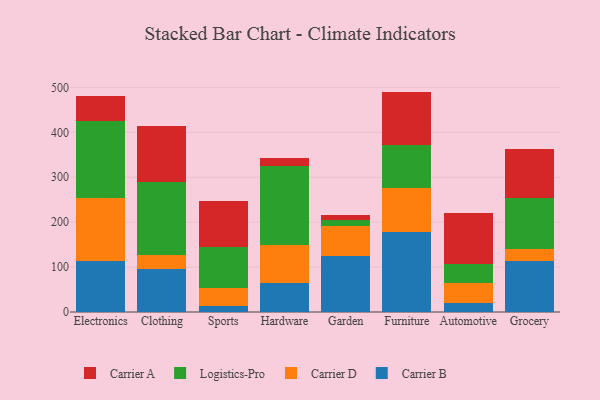
{"axis": {"x": "Category", "y": "Inventory Turnover"}, "legend": ["Carrier A", "Carrier B", "Carrier D", "Logistics-Pro"], "data": [{"x": "Electronics", "y": 113.7, "type": "Carrier B"}, {"x": "Electronics", "y": 140.6, "type": "Carrier D"}, {"x": "Electronics", "y": 170.2, "type": "Logistics-Pro"}, {"x": "Electronics", "y": 57.1, "type": "Carrier A"}, {"x": "Clothing", "y": 95.6, "type": "Carrier B"}, {"x": "Clothing", "y": 31.7, "type": "Carrier D"}, {"x": "Clothing", "y": 161.0, "type": "Logistics-Pro"}, {"x": "Clothing", "y": 125.4, "type": "Carrier A"}, {"x": "Sports", "y": 12.3, "type": "Carrier B"}, {"x": "Sports", "y": 41.1, "type": "Carrier D"}, {"x": "Sports", "y": 90.5, "type": "Logistics-Pro"}, {"x": "Sports", "y": 104.3, "type": "Carrier A"}, {"x": "Hardware", "y": 65.0, "type": "Carrier B"}, {"x": "Hardware", "y": 83.8, "type": "Carrier D"}, {"x": "Hardware", "y": 177.3, "type": "Logistics-Pro"}, {"x": "Hardware", "y": 17.5, "type": "Carrier A"}, {"x": "Garden", "y": 124.1, "type": "Carrier B"}, {"x": "Garden", "y": 66.8, "type": "Carrier D"}, {"x": "Garden", "y": 15.0, "type": "Logistics-Pro"}, {"x": "Garden", "y": 10.5, "type": "Carrier A"}, {"x": "Furniture", "y": 178.5, "type": "Carrier B"}, {"x": "Furniture", "y": 97.2, "type": "Carrier D"}, {"x": "Furniture", "y": 95.0, "type": "Logistics-Pro"}, {"x": "Furniture", "y": 119.9, "type": "Carrier A"}, {"x": "Automotive", "y": 20.5, "type": "Carrier B"}, {"x": "Automotive", "y": 44.6, "type": "Carrier D"}, {"x": "Automotive", "y": 41.5, "type": "Logistics-Pro"}, {"x": "Automotive", "y": 112.7, "type": "Carrier A"}, {"x": "Grocery", "y": 114.2, "type": "Carrier B"}, {"x": "Grocery", "y": 26.6, "type": "Carrier D"}, {"x": "Grocery", "y": 111.9, "type": "Logistics-Pro"}, {"x": "Grocery", "y": 109.3, "type": "Carrier A"}]}